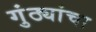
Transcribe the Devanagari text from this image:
गुंठ्यांचा